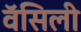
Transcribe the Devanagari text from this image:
वॅसिली